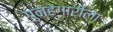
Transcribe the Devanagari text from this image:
गुन्हेगारीला